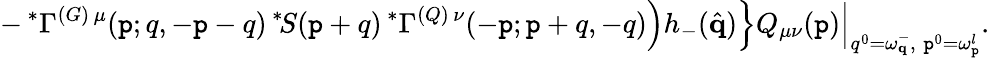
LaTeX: -\, ^{\ast}\Gamma^{(G)\, \mu}(\mathtt{p};q,-\mathtt{p}-q)\, ^{\ast}\! S(\mathtt{p}+q)\, ^{\ast}\Gamma^{(Q)\, \nu}(-\mathtt{p};\mathtt{p}+q,-q)\Big)h_{-}(\hat{{\mathbf{q}}})\Big\} Q_{\mu\nu}(\mathtt{p})\Big\vert_{q^{0}=\omega_{\mathbf{q}}^{-},\; \mathtt{p}^{0}=\omega_{\mathbf{\mathtt{p}}}^{l}}.